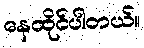
နေထိုင်ပါတယ်။